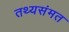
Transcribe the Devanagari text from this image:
तथ्यसंमत